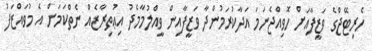
ހެރިޓޭޖްގެ ވަޒީފާއަށް ހޮވިއްޖެނަމަ އަދާކުރަމުންދާ ވަޒީފާއިން ވީއްލުމާމެދު އިޢުތިރާޒެއް ނެތްކަމަށް އެ މުވައްޒަފު